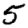
Digit: 5